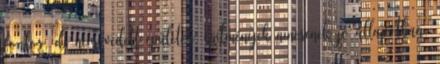
fontos, de nem védett épületek, építmények nincsenek jó állapotban,